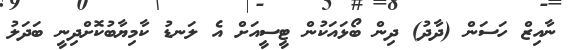
ނާއިޒް ހަސަން (ދާދު) ދިން ބޯޅައަކުން ޓީސީއަށް އެ ލަނޑު ކާމިޔާބުކޮށްދިނީ ބަދަލު